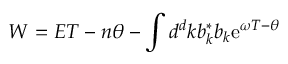
W = E T - n \theta - \int d ^ { d } k b _ { k } ^ { * } b _ { k } \mathrm { e } ^ { \omega T - \theta }